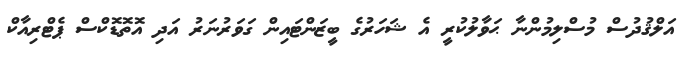
އަލްޤުދުސް މުސްލިމުންނާ ޙަވާލުކުރީ އެ ޝަހަރުގެ ބީޒަންޓައިން ގަވަރުނަރު އަދި އޮތޮޑޮކްސް ޕެޓްރިއާކް